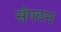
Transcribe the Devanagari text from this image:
सँगठन